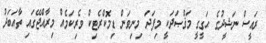
ރައީސް ނަޝީދުގެ ޙަގީގީ މަޤްޞަދަކީ މިފަދަ މިނިވަން ޑިމޮކްރެޓިކް ވެރިކަމެއް މިރާއްޖޭގައި ތާއަބަދު